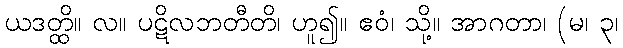
ယဒတ္ထိ။ လ။ ပဋိလဘတီတိ၊ ဟူ၍။ ဧဝံ၊ သို့။ အာဂတာ၊ (မ၊ ၃၊